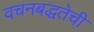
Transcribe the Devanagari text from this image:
वचनबद्धतेची